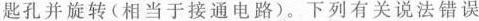
匙孔并旋转(相当于接通电路)。下列有关说法错误